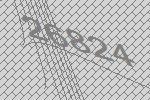
26824